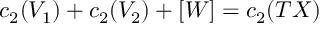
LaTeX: c _ { 2 } ( V _ { 1 } ) + c _ { 2 } ( V _ { 2 } ) + [ W ] = c _ { 2 } ( T X )